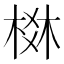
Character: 棥